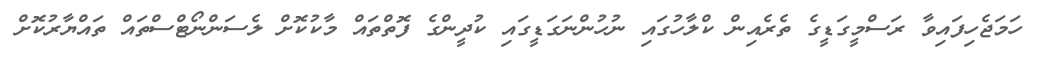
ހަމަޖެހިފައިވާ ރަސްމީގަޑީގެ ތެރެއިން ކްލާހުގައި ނުހުންނަގަޑީގައި ކުދީންގެ ފޮތްތައް މާކުކޮށް ލެސަންނޯޓްސްތައް ތައްޔާރުކޮށް